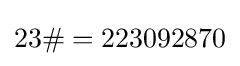
23\#=223092870